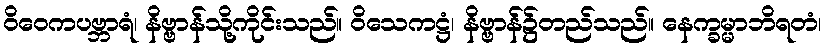
ဝိဝေကပဗ္ဘာရံ၊ နိဗ္ဗာန်သို့ကိုင်းသည်။ ဝိသေကဋ္ဌံ၊ နိဗ္ဗာန်၌တည်သည်။ နေက္ခမ္မာဘိရတံ၊